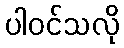
ပါဝင်သလို